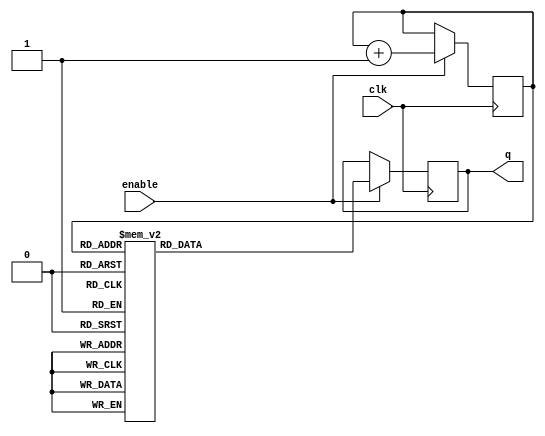
module johnson_counter_with_enable (
    input wire clk,
    input wire enable,
    output reg [3:0] q
);

reg [2:0] state;

always @(posedge clk) begin
    if (enable) begin
        case(state)
            3'b000: q <= 4'b0001;
            3'b001: q <= 4'b0010;
            3'b010: q <= 4'b0100;
            3'b011: q <= 4'b1000;
            3'b100: q <= 4'b1100;
            3'b101: q <= 4'b1110;
            3'b110: q <= 4'b1111;
            3'b111: q <= 4'b0111;
        endcase
        state <= state + 1;
    end
end

endmodule